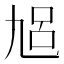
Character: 𠃳